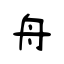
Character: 舟